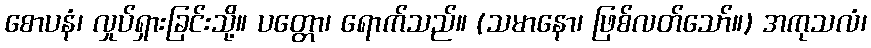
စောပနံ၊ လှုပ်ရှားခြင်းသို့။ ပတ္တော၊ ရောက်သည်။ (သမာနော၊ ဖြစ်လတ်သော်။) အကုသလံ၊